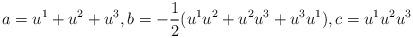
LaTeX: \begin{align*} a=u^1+u^2+u^3, b=-\frac{1}{2}(u^1u^2+u^2u^3+u^3u^1), c=u^1u^2u^3\end{align*}